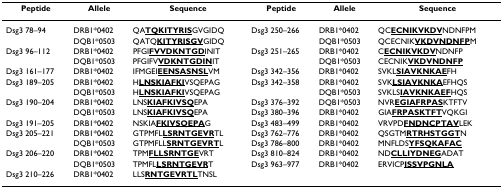
<table><thead><tr><td><b>Peptide</b></td><td><b>Allele</b></td><td><b>Sequence</b></td><td><b>Peptide</b></td><td><b>Allele</b></td><td><b>Sequence</b></td></tr></thead><tbody><tr><td>Dsg3 78–94</td><td>DRB1*0402</td><td>QA<b><underline>TQKITYRIS</underline></b>GVGIDQ</td><td>Dsg3 250–266</td><td>DRB1*0402</td><td>QC<b><underline>ECNIKVKDV</underline></b>NDNFPM</td></tr><tr><td></td><td>DQB1*0503</td><td>QATQ<b><underline>KITYRISGV</underline></b>GIDQ</td><td></td><td>DQB1*0503</td><td>QCECNIK<b><underline>VKDVNDNFP</underline></b>M</td></tr><tr><td>Dsg3 96–112</td><td>DRB1*0402</td><td>PFGI<b><underline>FVVDKNTGD</underline></b>INIT</td><td>Dsg3 251–265</td><td>DRB1*0402</td><td>C<b><underline>ECNIKVKDV</underline></b>NDNFP</td></tr><tr><td></td><td>DQB1*0503</td><td>PFGIFV<b><underline>VDKNTGDIN</underline></b>IT</td><td></td><td>DQB1*0503</td><td>CECNIK<b><underline>VKDVNDNFP</underline></b></td></tr><tr><td>Dsg3 161–177</td><td>DRB1*0402</td><td>IFMGEI<b><underline>EENSASNSL</underline></b>VM</td><td>Dsg3 342–356</td><td>DRB1*0402</td><td>SVKL<b><underline>SIAVKNKAE</underline></b>FH</td></tr><tr><td>Dsg3 189–205</td><td>DRB1*0402</td><td>H<b><underline>LNSKIAFKI</underline></b>VSQEPAG</td><td>Dsg3 342–358</td><td>DRB1*0402</td><td>SVK<b><underline>LSIAVKNKA</underline></b>EFHQS</td></tr><tr><td></td><td>DQB1*0503</td><td>H<b><underline>LNSKIAFKI</underline></b>VSQEPAG</td><td></td><td>DQB1*0503</td><td>SVKLS<b><underline>IAVKNKAEF</underline></b>HQS</td></tr><tr><td>Dsg3 190–204</td><td>DRB1*0402</td><td>LNS<b><underline>KIAFKIVSQ</underline></b>EPA</td><td>Dsg3 376–392</td><td>DQB1*0503</td><td>NVR<b><underline>EGIAFRPAS</underline></b>KTFTV</td></tr><tr><td></td><td>DQB1*0503</td><td>LNS<b><underline>KIAFKIVSQ</underline></b>EPA</td><td>Dsg3 380–396</td><td>DRB1*0402</td><td>GIA<b><underline>FRPASKTFT</underline></b>VQKGI</td></tr><tr><td>Dsg3 191–205</td><td>DRB1*0402</td><td>NSKIA<b><underline>FKIVSQEPA</underline></b>G</td><td>Dsg3 483–499</td><td>DRB1*0402</td><td>VRVPD<b><underline>FNDNCPTAV</underline></b>LEK</td></tr><tr><td>Dsg3 205–221</td><td>DRB1*0402</td><td>GTPMFL<b><underline>LSRNTGEVR</underline></b>TL</td><td>Dsg3 762–776</td><td>DRB1*0402</td><td>QSGTM<b><underline>RTRHSTGGT</underline></b>N</td></tr><tr><td></td><td>DQB1*0503</td><td>GTPMFLL<b><underline>SRNTGEVRT</underline></b>L</td><td>Dsg3 786–800</td><td>DRB1*0402</td><td>MNFLDS<b><underline>YFSQKAFAC</underline></b></td></tr><tr><td>Dsg3 206–220</td><td>DRB1*0402</td><td>TPM<b><underline>FLLSRNTGE</underline></b>VRT</td><td>Dsg3 810–824</td><td>DRB1*0402</td><td>ND<b><underline>CLLIYDNEG</underline></b>ADAT</td></tr><tr><td></td><td>DQB1*0503</td><td>TPMFL<b><underline>LSRNTGEVR</underline></b>T</td><td>Dsg3 963–977</td><td>DRB1*0402</td><td>ERVICP<b><underline>ISSVPGNLA</underline></b></td></tr><tr><td>Dsg3 210–226</td><td>DRB1*0402</td><td>LLS<b><underline>RNTGEVRTL</underline></b>TNSL</td><td></td><td></td><td></td></tr></tbody></table>